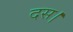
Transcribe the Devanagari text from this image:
दस।